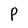
Character: P